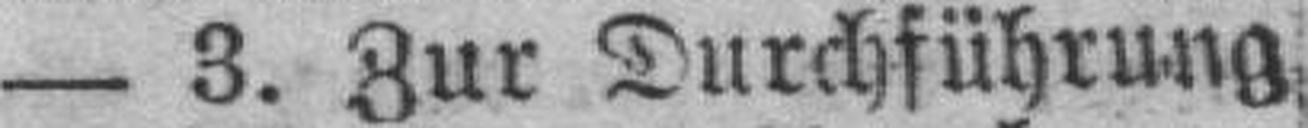
— 3. Zur Durchführung